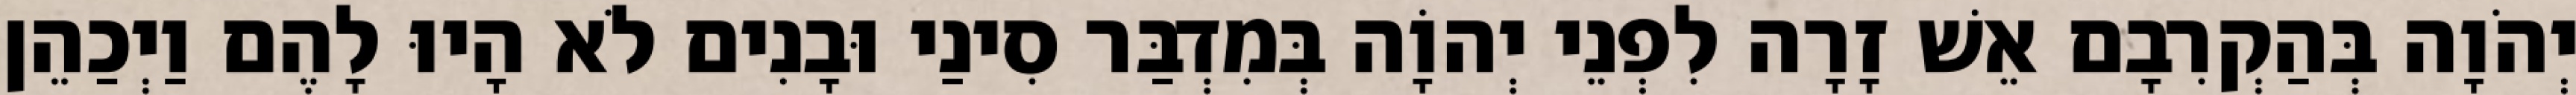
יְהֹוָה בְּהַקְרִבָם אֵשׁ זָרָה לִפְנֵי יְהוָֹה בְּמִדְבַּר סִינַי וּבָנִים לֹא הָיוּ לָהֶם וַיְכַהֵן